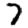
Digit: 7